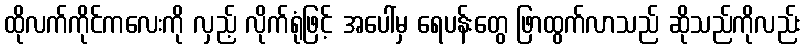
ထိုလက်ကိုင်ကလေးကို လှည့် လိုက်ရုံဖြင့် အပေါ်မှ ရေပန်းတွေ ဖြာထွက်လာသည် ဆိုသည်ကိုလည်း